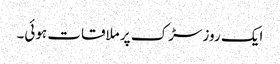
ایک روز سڑک پر ملاقات ہوئی۔